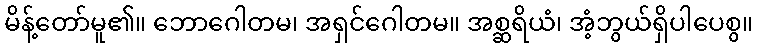
မိန့်တော်မူ၏။ ဘောဂေါတမ၊ အရှင်ဂေါတမ။ အစ္ဆရိယံ၊ အံ့ဘွယ်ရှိပါပေစွ။